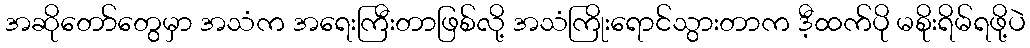
အဆိုတော်တွေမှာ အသံက အရေးကြီးတာဖြစ်လို့ အသံကြိုးရောင်သွားတာက ဒီ့ထက်ပို မစိုးရိမ်ရဖို့ပဲ